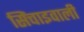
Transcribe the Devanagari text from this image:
सिंचाइवाली